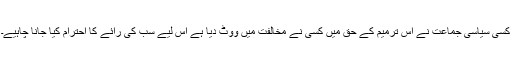
کسی سیاسی جماعت نے اس ترمیم کے حق میں کسی نے مخالفت میں ووٹ دیا ہے اس لیے سب کی رائے کا احترام کیا جانا چاہیے۔